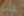
كنت